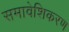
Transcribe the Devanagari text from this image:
समावेशिकरण